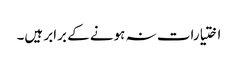
اختیارات نہ ہونے کے برابر ہیں۔